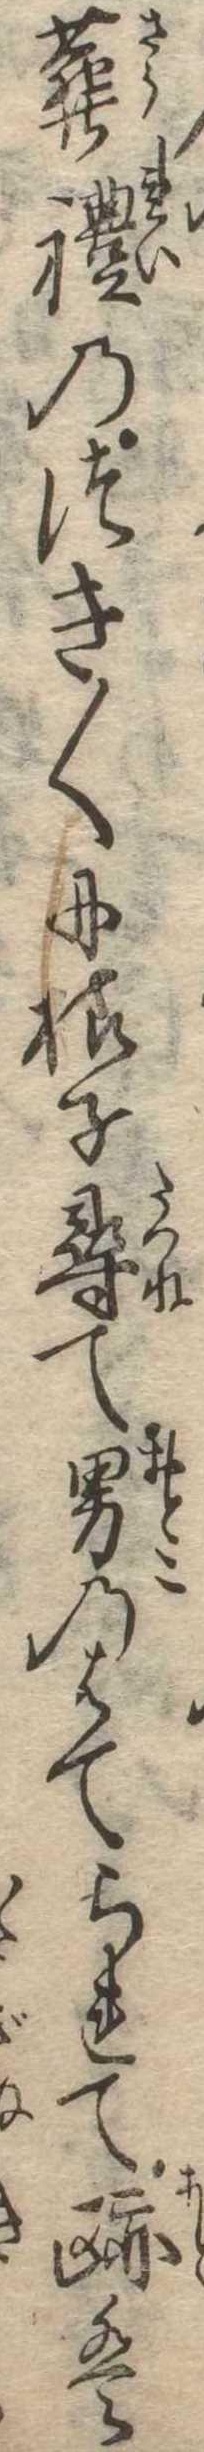
葬礼のつき〱に様子尋て男のはてられて跡は